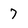
Character: 7